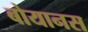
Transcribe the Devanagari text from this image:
बोयानस